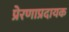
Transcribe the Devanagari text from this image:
प्रेरणाप्रदायक